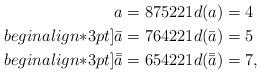
LaTeX: \begin{align*}a&=875221 d(a)=4\\begin{align*}3pt]\bar{a}&=764221 d(\bar{a})=5\\begin{align*}3pt]\bar{\bar{a}}&=654221 d(\bar{\bar{a}})=7,\end{align*}